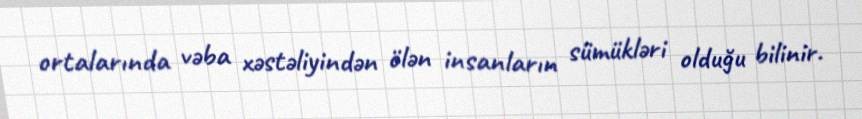
ortalarında vəba xəstəliyindən ölən insanların sümükləri olduğu bilinir.